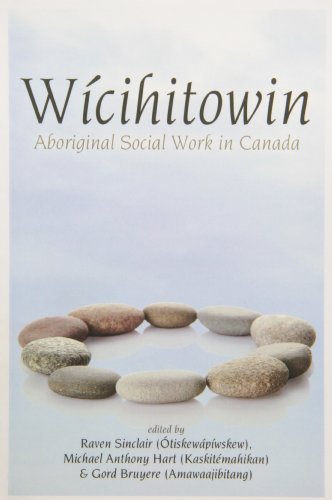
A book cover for Wicihitowin: Aboriginal Social Work in Canada; Law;